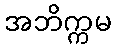
အဘိက္ကမ